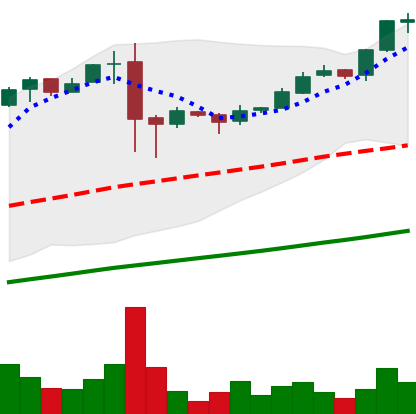
Ticker: BTC-USD
Chart end date: 2017-02-22
Forward return: 5.596%
Label: up_5_7